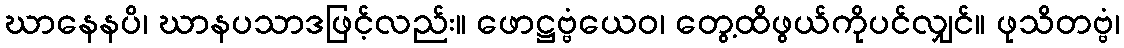
ဃာနေနပိ၊ ဃာနပသာဒဖြင့်လည်း။ ဖောဋ္ဌဗ္ဗံယေဝ၊ တွေ့ထိဖွယ်ကိုပင်လျှင်။ ဖုသိတဗ္ဗံ၊